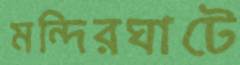
মন্দিরঘাটে